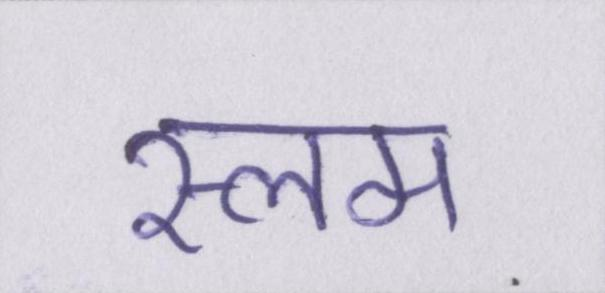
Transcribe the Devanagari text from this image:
स्लम